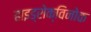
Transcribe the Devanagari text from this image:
हाइड्रोक्विनोक